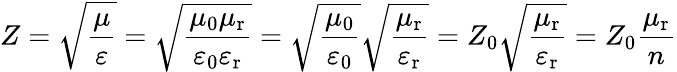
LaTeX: Z={\sqrt{\frac{\mu}{\varepsilon}}}={\sqrt{\frac{\mu_{\mathrm{0}}\mu_{\mathrm{r}}}{\varepsilon_{\mathrm{0}}\varepsilon_{\mathrm{r}}}}}={\sqrt{\frac{\mu_{\mathrm{0}}}{\varepsilon_{\mathrm{0}}}}}{\sqrt{\frac{\mu_{\mathrm{r}}}{\varepsilon_{\mathrm{r}}}}}=Z_{0}{\sqrt{\frac{\mu_{\mathrm{r}}}{\varepsilon_{\mathrm{r}}}}}=Z_{0}{\frac{\mu_{\mathrm{r}}}{n}}